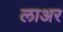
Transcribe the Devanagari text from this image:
लाअर